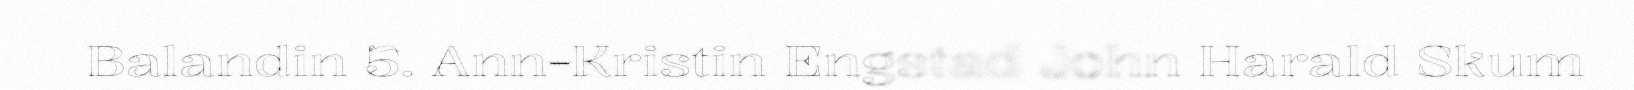
Balandin 5. Ann-Kristin Engstad John Harald Skum